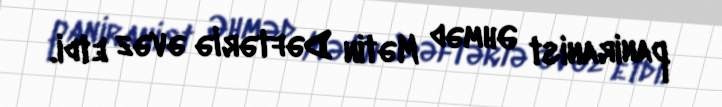
paniranist Əhməd Mətin Dəftərlə əvəz etdi.